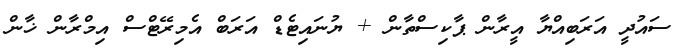
ސައުދީ އަަރަބިއްޔާ އީރާން ޕާކިސްތާން + ޔުނައިޓެޑް އަރަބް އެމިރޭޓްސް އިމްރާން ޚާން